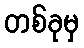
တစ်ခုမှ